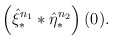
\begin{align*}\left(\hat{\xi}_{\ast}^{n_1} \ast \hat{\eta}_{\ast}^{n_2}\right)(0).\end{align*}